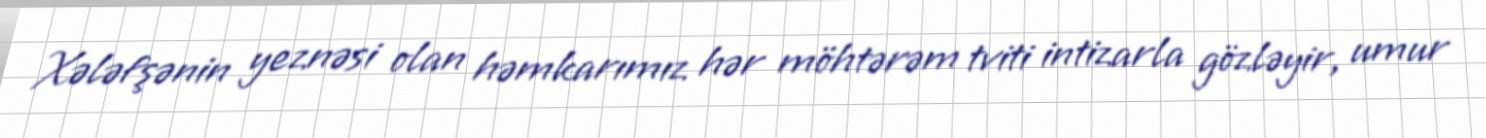
Xələfşənin yeznəsi olan həmkarımız hər möhtərəm tviti intizarla gözləyir, umur